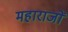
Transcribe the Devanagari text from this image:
महाराजों